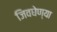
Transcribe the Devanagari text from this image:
जिवघेण्या